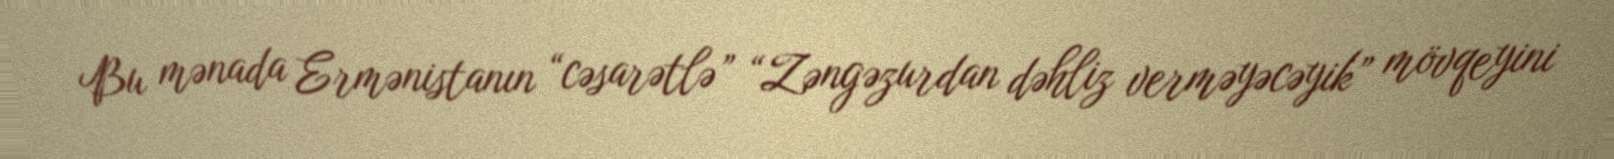
Bu mənada Ermənistanın “cəsarətlə” “Zəngəzurdan dəhliz verməyəcəyik” mövqeyini